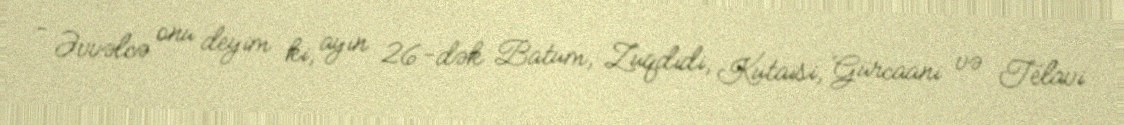
- Əvvəlcə onu deyim ki, ayın 26-dək Batum, Zuqdidi, Kutaisi, Gürcaani və Telavi